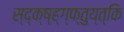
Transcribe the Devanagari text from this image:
स्द्क्ष्ह्ग्फ्तुय्त्कि